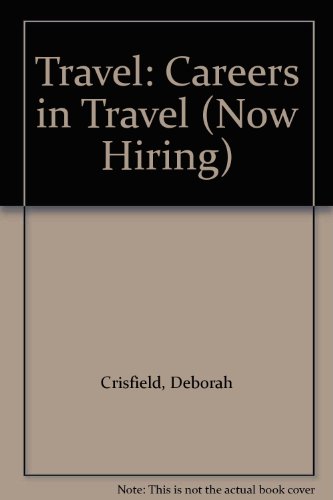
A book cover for Travel: Careers in Travel (Now Hiring); Deborah Crisfield; Teen & Young Adult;